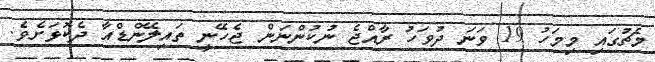
މެޗުގައި މިމަހު 19 ވަނަ ދުވަހު ރާއްޖެ ނުކުންނަން ޖެހޭނީ ތައިލޭންޑްއާ ދެކޮޅަށެވެ.